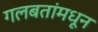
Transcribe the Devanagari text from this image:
गलबतांमधून